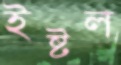
ইষ্টল